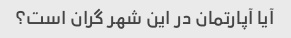
آیا آپارتمان در این شهر گران است؟